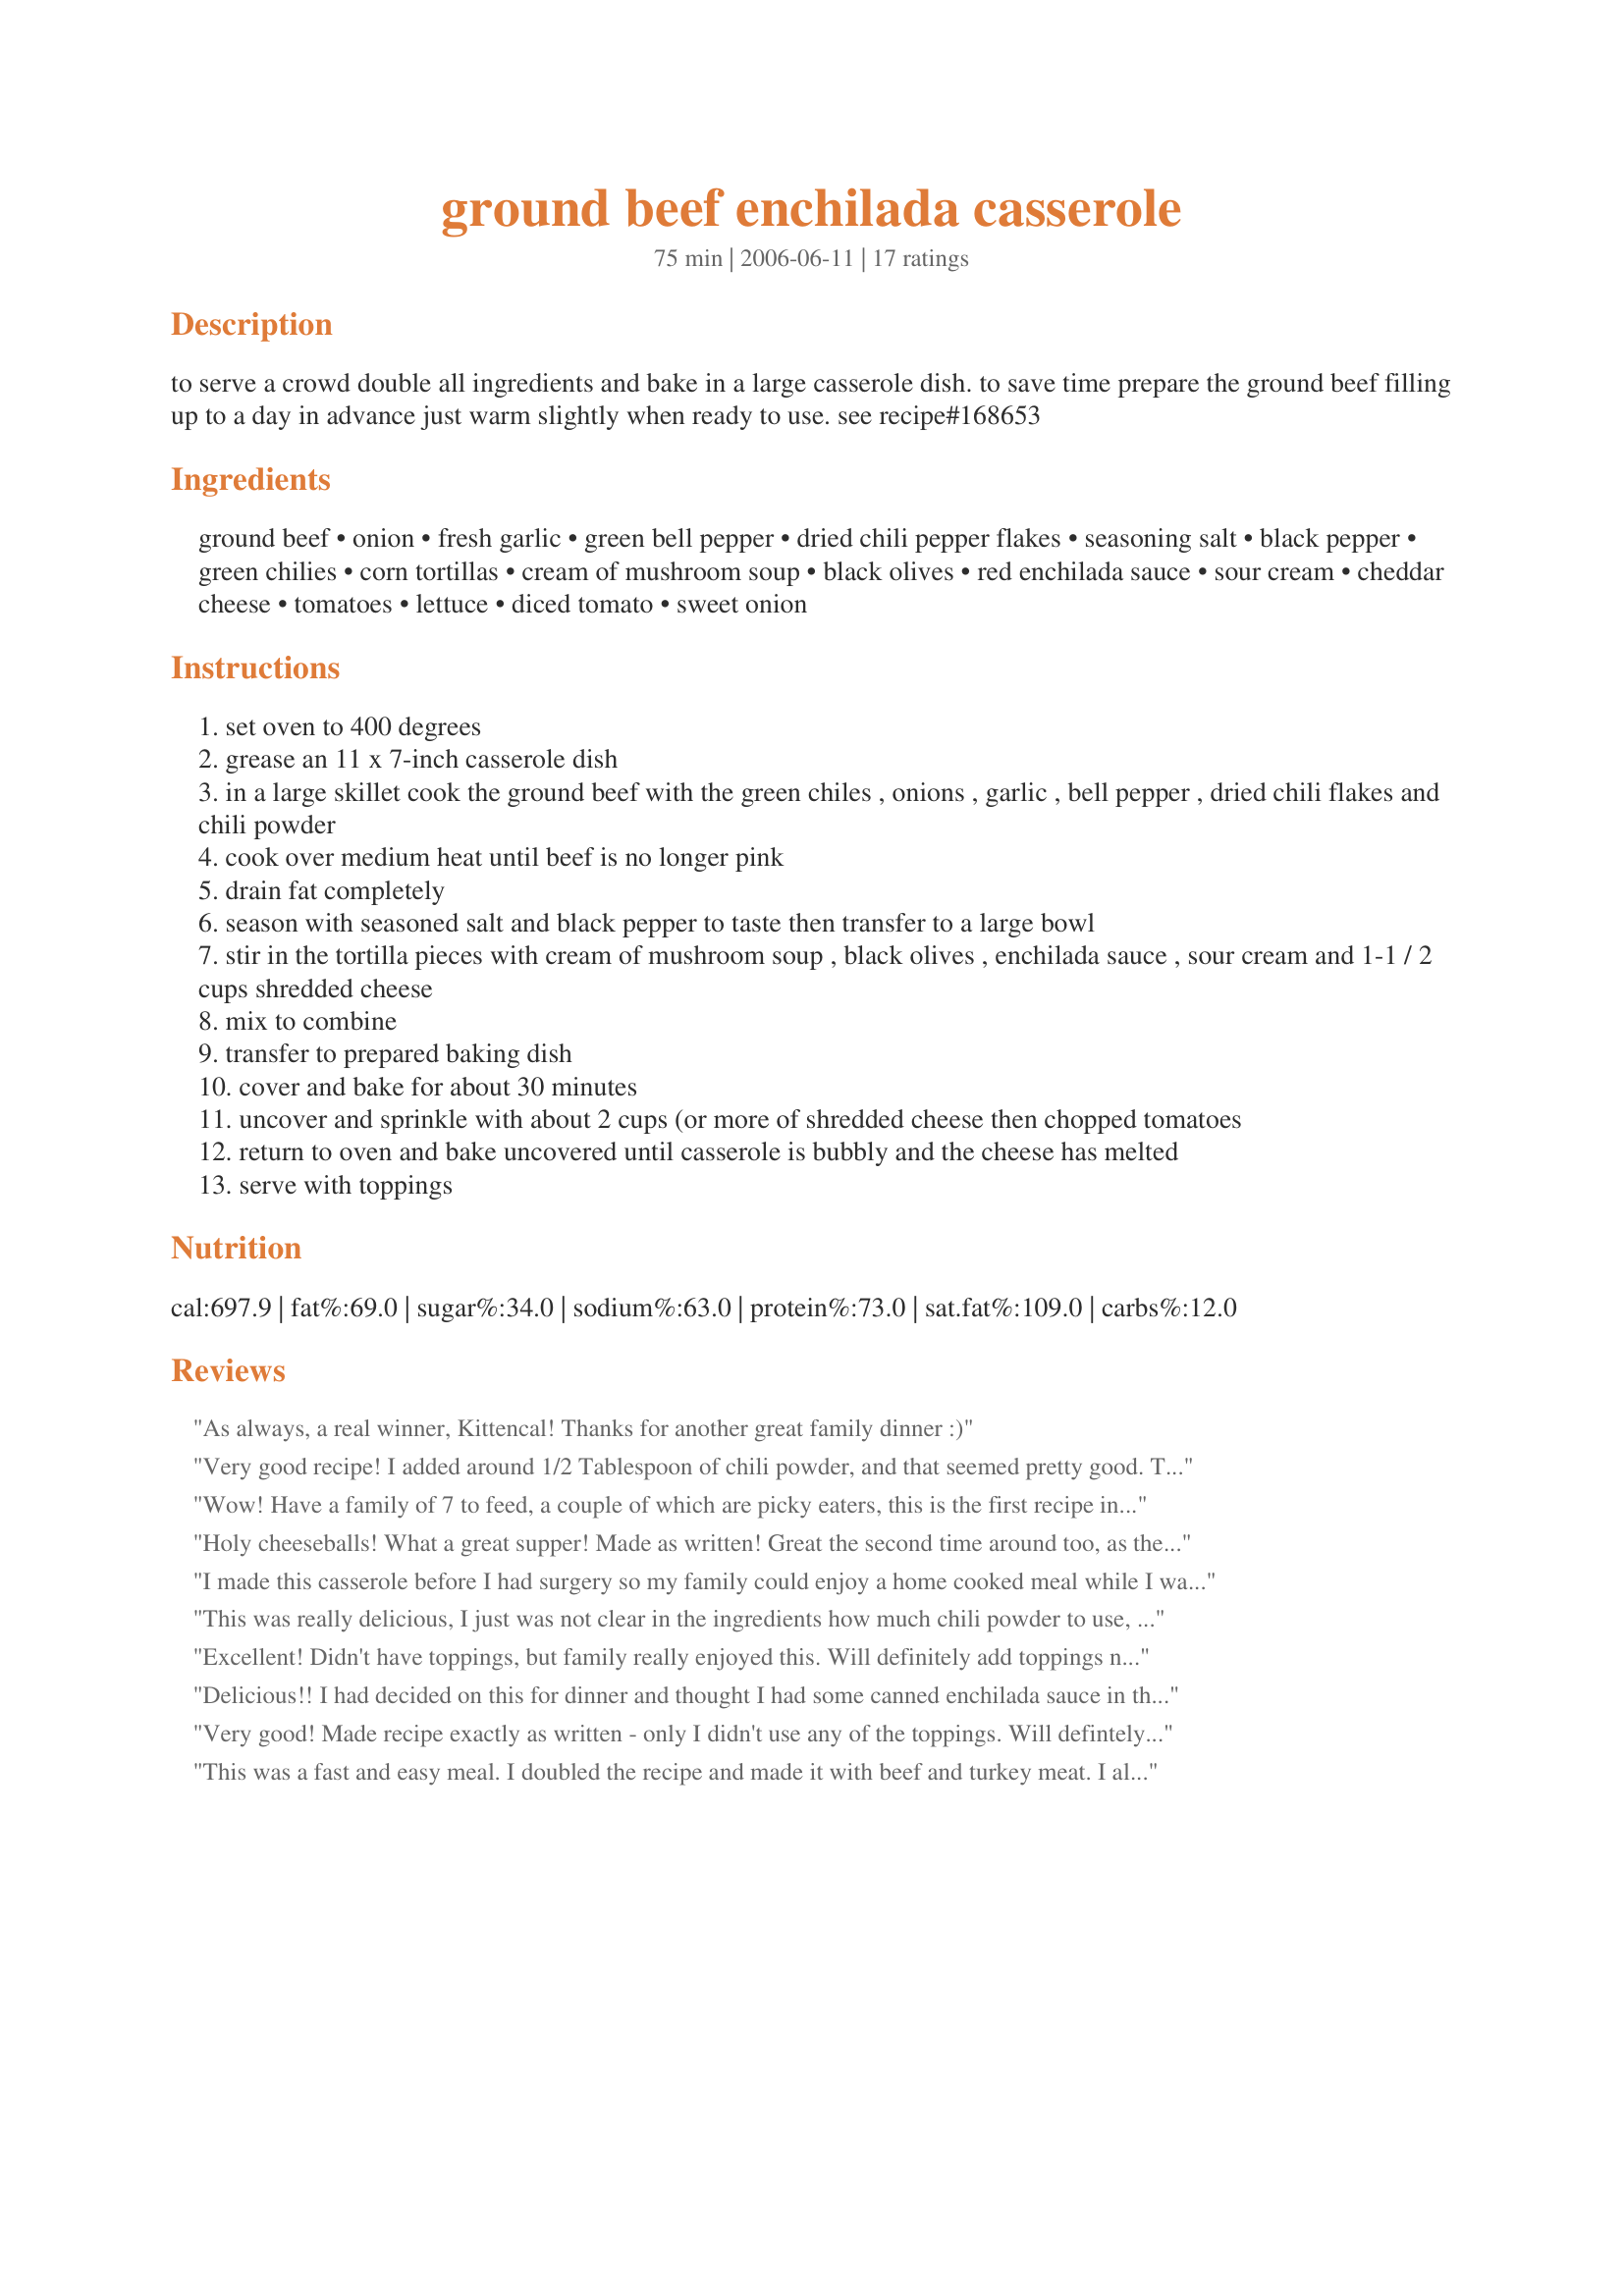
ground beef enchilada casserole
Preparation time: 75 minutes

to serve a crowd double all ingredients and bake in a large casserole dish. to save time prepare the ground beef filling up to a day in advance just warm slightly when ready to use. see recipe#168653

Ingredients:
ground beef, onion, fresh garlic, green bell pepper, dried chili pepper flakes, seasoning salt, black pepper, green chilies, corn tortillas, cream of mushroom soup, black olives, red enchilada sauce, sour cream, cheddar cheese, tomatoes, lettuce, diced tomato, sweet onion

Steps:
set oven to 400 degrees
grease an 11 x 7-inch casserole dish
in a large skillet cook the ground beef with the green chiles , onions , garlic , bell pepper , dried chili flakes and chili powder
cook over medium heat until beef is no longer pink
drain fat completely
season with seasoned salt and black pepper to taste then transfer to a large bowl
stir in the tortilla pieces with cream of mushroom soup , black olives , enchilada sauce , sour cream and 1-1 / 2 cups shredded cheese
mix to combine
transfer to prepared baking dish
cover and bake for about 30 minutes
uncover and sprinkle with about 2 cups (or more of shredded cheese then chopped tomatoes
return to oven and bake uncovered until casserole is bubbly and the cheese has melted
serve with toppings

Reviews:
As always, a real winner, Kittencal! Thanks for another great family dinner :)
Very good recipe! I added around 1/2 Tablespoon of chili powder, and that seemed pretty good. Thanks for a great meal!
Wow! Have a family of 7 to feed, a couple of which are picky eaters, this is the first recipe in FOREVER that was a 5 star for everybody! Thank you Kittencal!
Holy cheeseballs! What a great supper! Made as written! Great the second time around too, as the heat really kicks up overnight. :)
I made this casserole before I had surgery so my family could enjoy a home cooked meal while I was recovering. Out of all the dishes I made this was, by far, their favorite! They are already asking for it again! Thanks for a great recipe!!
This was really delicious, I just was not clear in the ingredients how much chili powder to use, nor was I clear whether I layer the beef then the mixture. At any rate, I mixed it all together, omitted the olives since we are not fans. It is a keeper-we really liked it!
Excellent! Didn't have toppings, but family really enjoyed this. Will definitely add toppings next time.
Delicious!! I had decided on this for dinner and thought I had some canned enchilada sauce in the pantry but I only had the green chilie sauce. I saw on the recipe kittencalskitchen used her own sauce so I thought surely I can find a recipe online for homemade enchilada sauce. (I can't believe I never thought of this before!) I did find one here http://www.food.com/recipe/texas-red-enchilada-sauce-42094 and this casserole turned out better than I ever could have hoped for!! I will be making this again and again and can't wait to share it with friends! I wouldn't change a thing.
Very good! Made recipe exactly as written - only I didn't use any of the toppings. Will defintely make again!
This was a fast and easy meal. I doubled the recipe and made it with beef and turkey meat. I also substituted cream of onion soup for the chicken. It was not much to look at but once topped with lettuce, tomato and avocado it was impressive. Thanks for a crowd pleaser!
This is wonderful! I had 1/2 of a red pepper so I used that along with the green one. I followed the recipe mostly until it came to the cream of mushroom soup. I just cannot use "cream of" soups in my cooking, although I know it is most likely fabulous because Kitten doesn't make bad ANYTHING! I used recipe#311826 plus a little water to equal the amount of the soup. My hubby doesn't like casseroles, but he did some serious chowing down on this! I asked him how many stars, and he said, "Oh no doubt 5"! We had this 3 nights ago and he is asking me to make it again.
Everyone was breaking in on me while I was putting this casserole together so I got everything in the wrong order but it still came through with rave reviews from Hubby. He said this had to be a keeper. I topped it with chopped avocado and pico de gallo like I do for nachos. Quick, easy satisfying dish. Thank you so much Kittencal.
Well as always, any Kittencal recipe is a winner and I will add this one to the list...SO GOOD!! I used Recipe #31811 for the sauce. Thanks so much for posting!
Excellent! I used bround turkey, low fat cheese and non fat sour cream and it was wonderful! We had it again for dinner the next day...
Great casserole! I made this and my family loved it. I have been wanting to make this but my daughter has a gluten allergy so I normally avoid recipes that call for soups because most contain gluten. I found a gluten free substitute for cream soups so I substituted the can of cream of mushroom soup for a packet of "full flavor gluten free cream mix". It turned out wonderful! We had tortilla chips with the casserole and ate it like a dip. I will be back to search through more of your recipes, thanks!
Keeper! I used cream of chicken soup, mild sliced jalapenos, and white flour tortillas in place of the originals. I also omitted the sour cream. It smelled so good while in the oven and tasted amazing! Thanks for sharing!
This was soooo good Kittencal! It was fairly easy too. I used 1/2 season salt and 1/2 garlic salt. In the directions it says "chili powder" but it's not listed in the ingredients so I used 1 tbsp. I used fat free mushroom soup (I know what's the point?) and then added 4 cups of cheddar (2 in and 2 on top) because I had 2- 2 cup bags. Along with the tomatoes on top, I sprinkled, green onions and olives. I would give the casserole a 4 but when you eat it with the crunchy lettuce, crunchy onion, tomato and sour cream (my addition)...It's a five plus! Thanks for the keeper recipe Kittencal. Made for Zar Tag.
